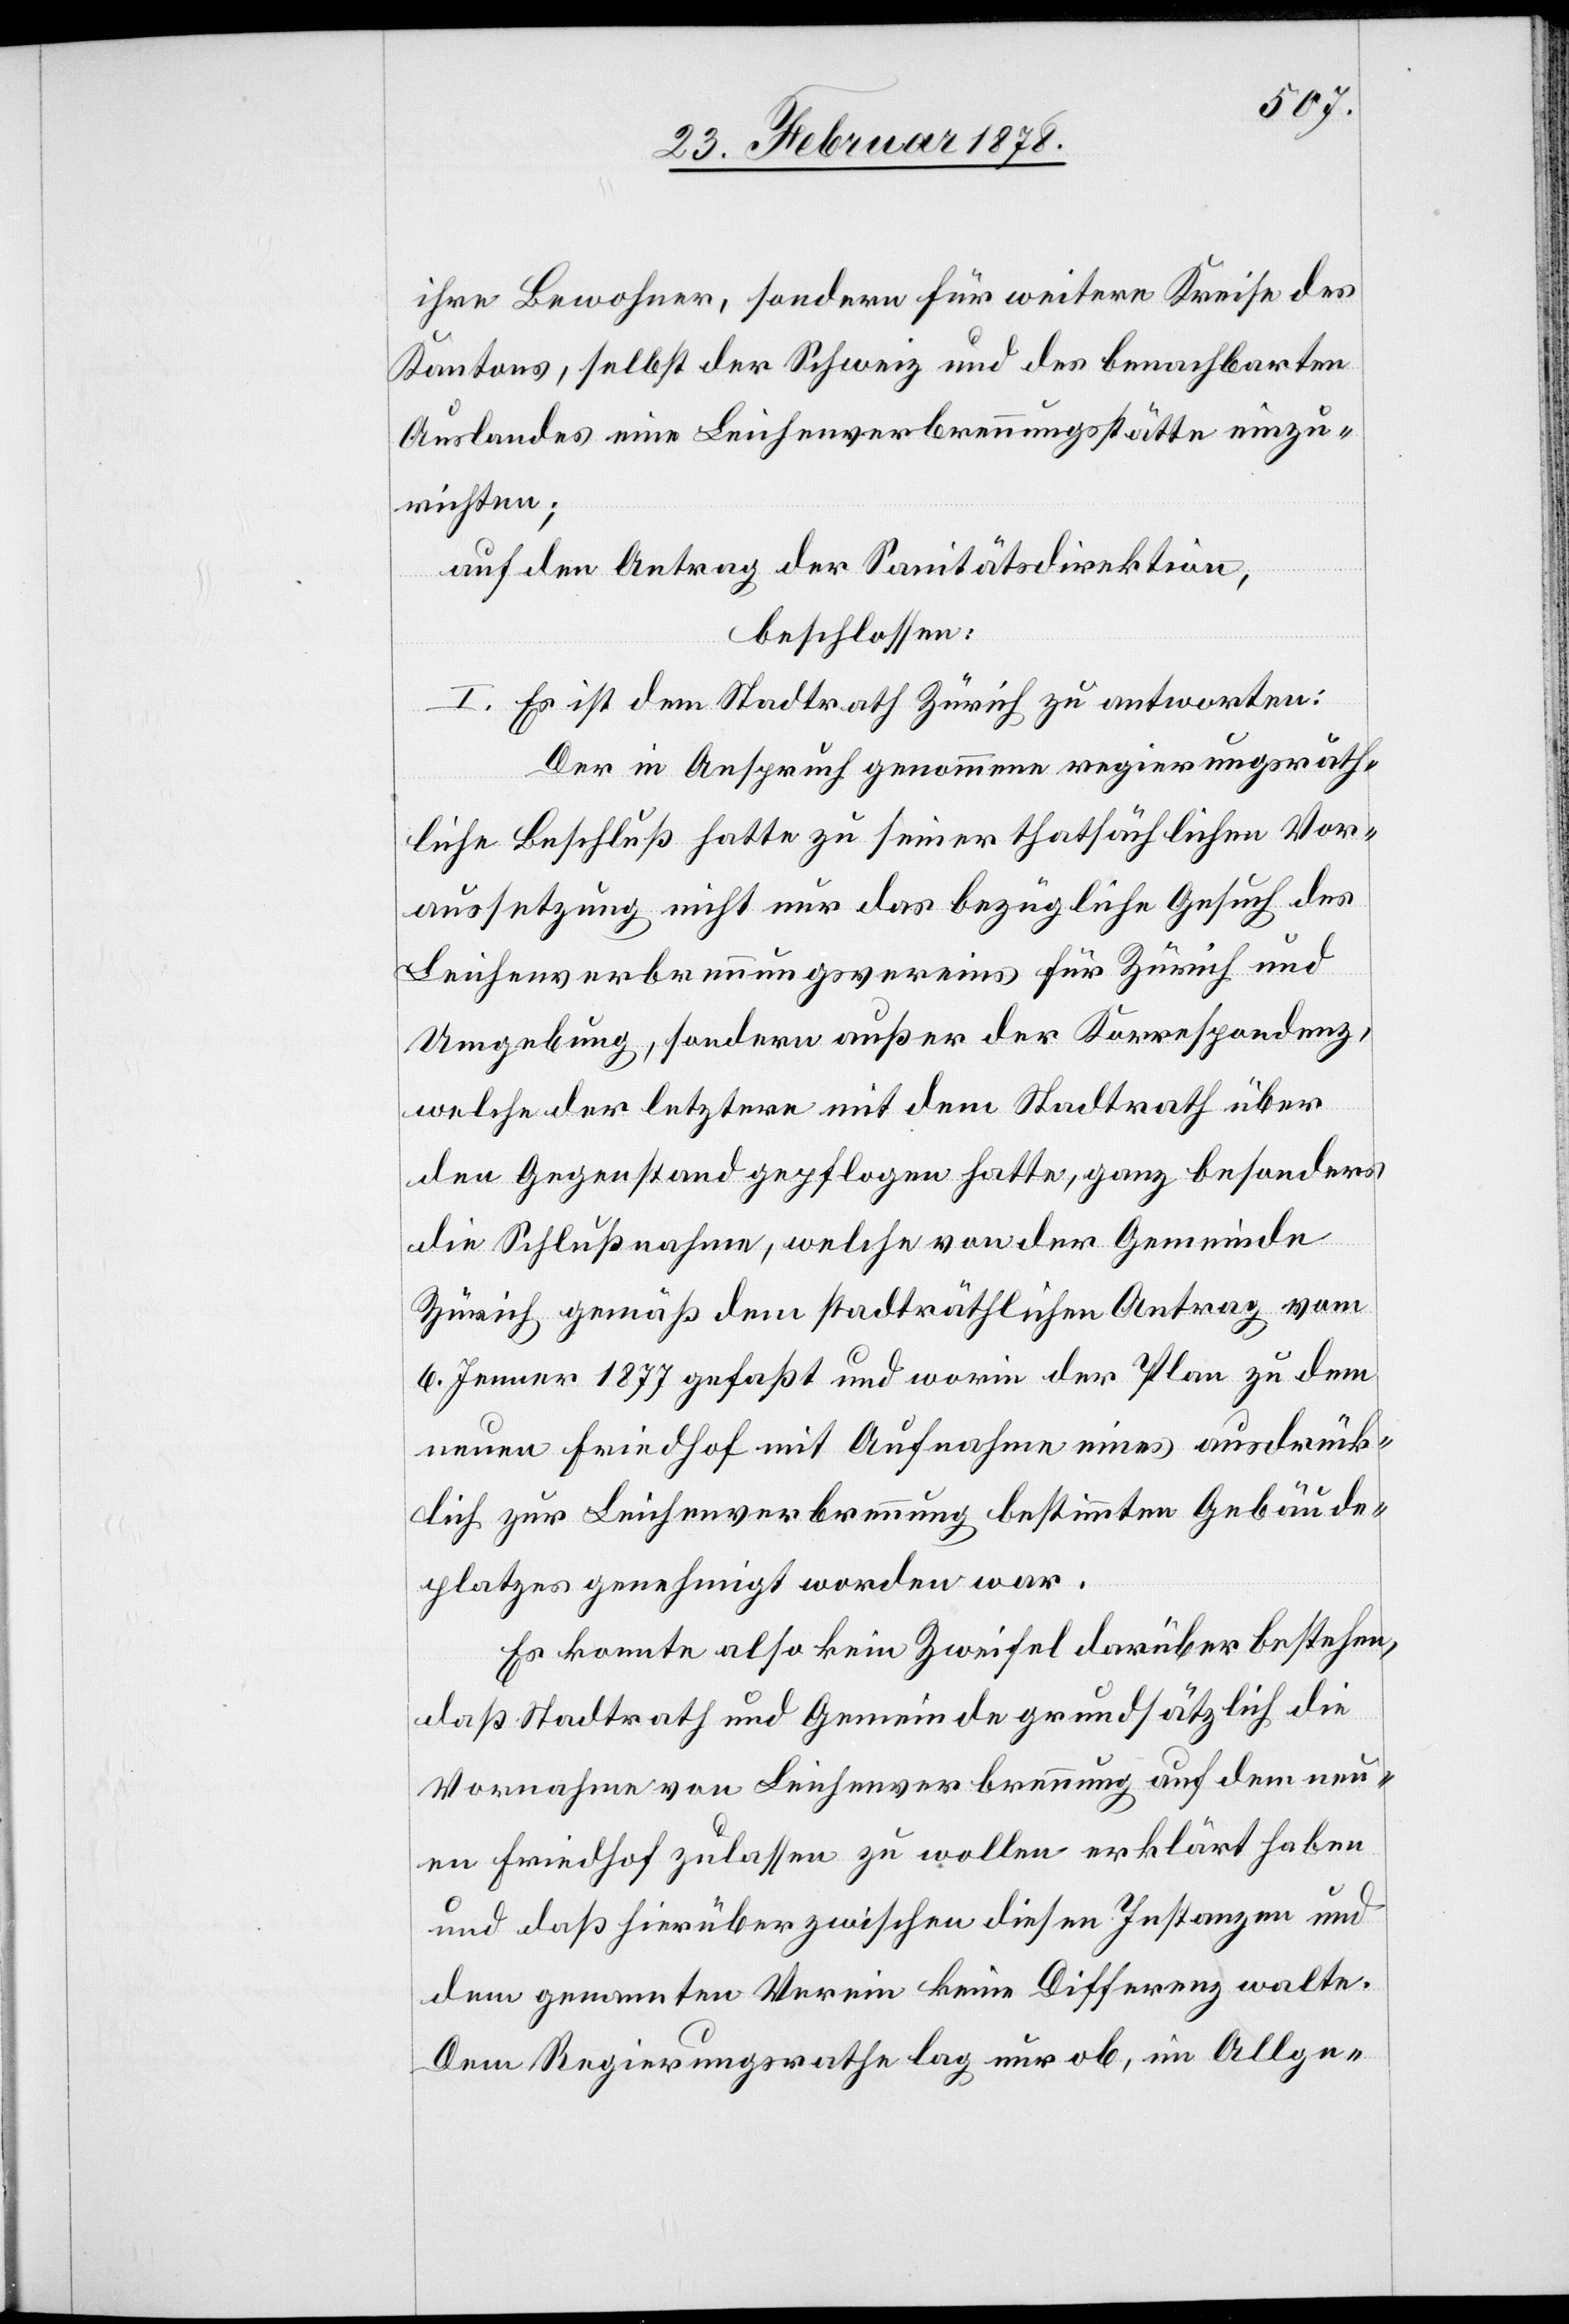
ihre Bewohner, sondern für weitere Kreise des
Kantons, selbst der Schweiz und des benachbarten
Auslandes eine Leichenverbrennungsstätte einzu¬
richten;
auf den Antrag der Sanitätsdirektion,
beschlossen:
I. Es ist dem Stadtrath Zürich zu antworten:
Der in Anspruch genommene regierungsräth¬
liche Beschluß hatte zu seiner thatsächlichen Vor¬
aussetzung nicht nur das bezügliche Gesuch des
Leichenverbrennungsvereins für Zürich und
Umgebung, sondern außer der Korrespondenz,
welche der letztere mit dem Stadtrath über
den Gegenstand gepflogen hatte, ganz besonders
die Schlußnahme, welche von der Gemeinde
Zürich gemäß dem stadträthlichen Antrag vom
6. Jenner 1877 gefaßt und worin der Plan zu dem
neuen Friedhof mit Aufnahme eines ausdrück¬
lich zur Leichenverbrennung bestimmten Gebäude¬
platzes genehmigt worden war.
Es konnte also kein Zweifel darüber bestehen,
daß Stadtrath und Gemeinde grundsätzlich die
Vornahme von Leichenverbrennung auf dem neu¬
en Friedhof zulassen zu wollen erklärt haben
und daß hierüber zwischen diesen Instanzen und
dem genannten Verein keine Differenz walte.
Dem Regierungsrathe lag nur ob, im Allge-